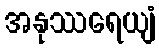
အနုဿရေယျံ